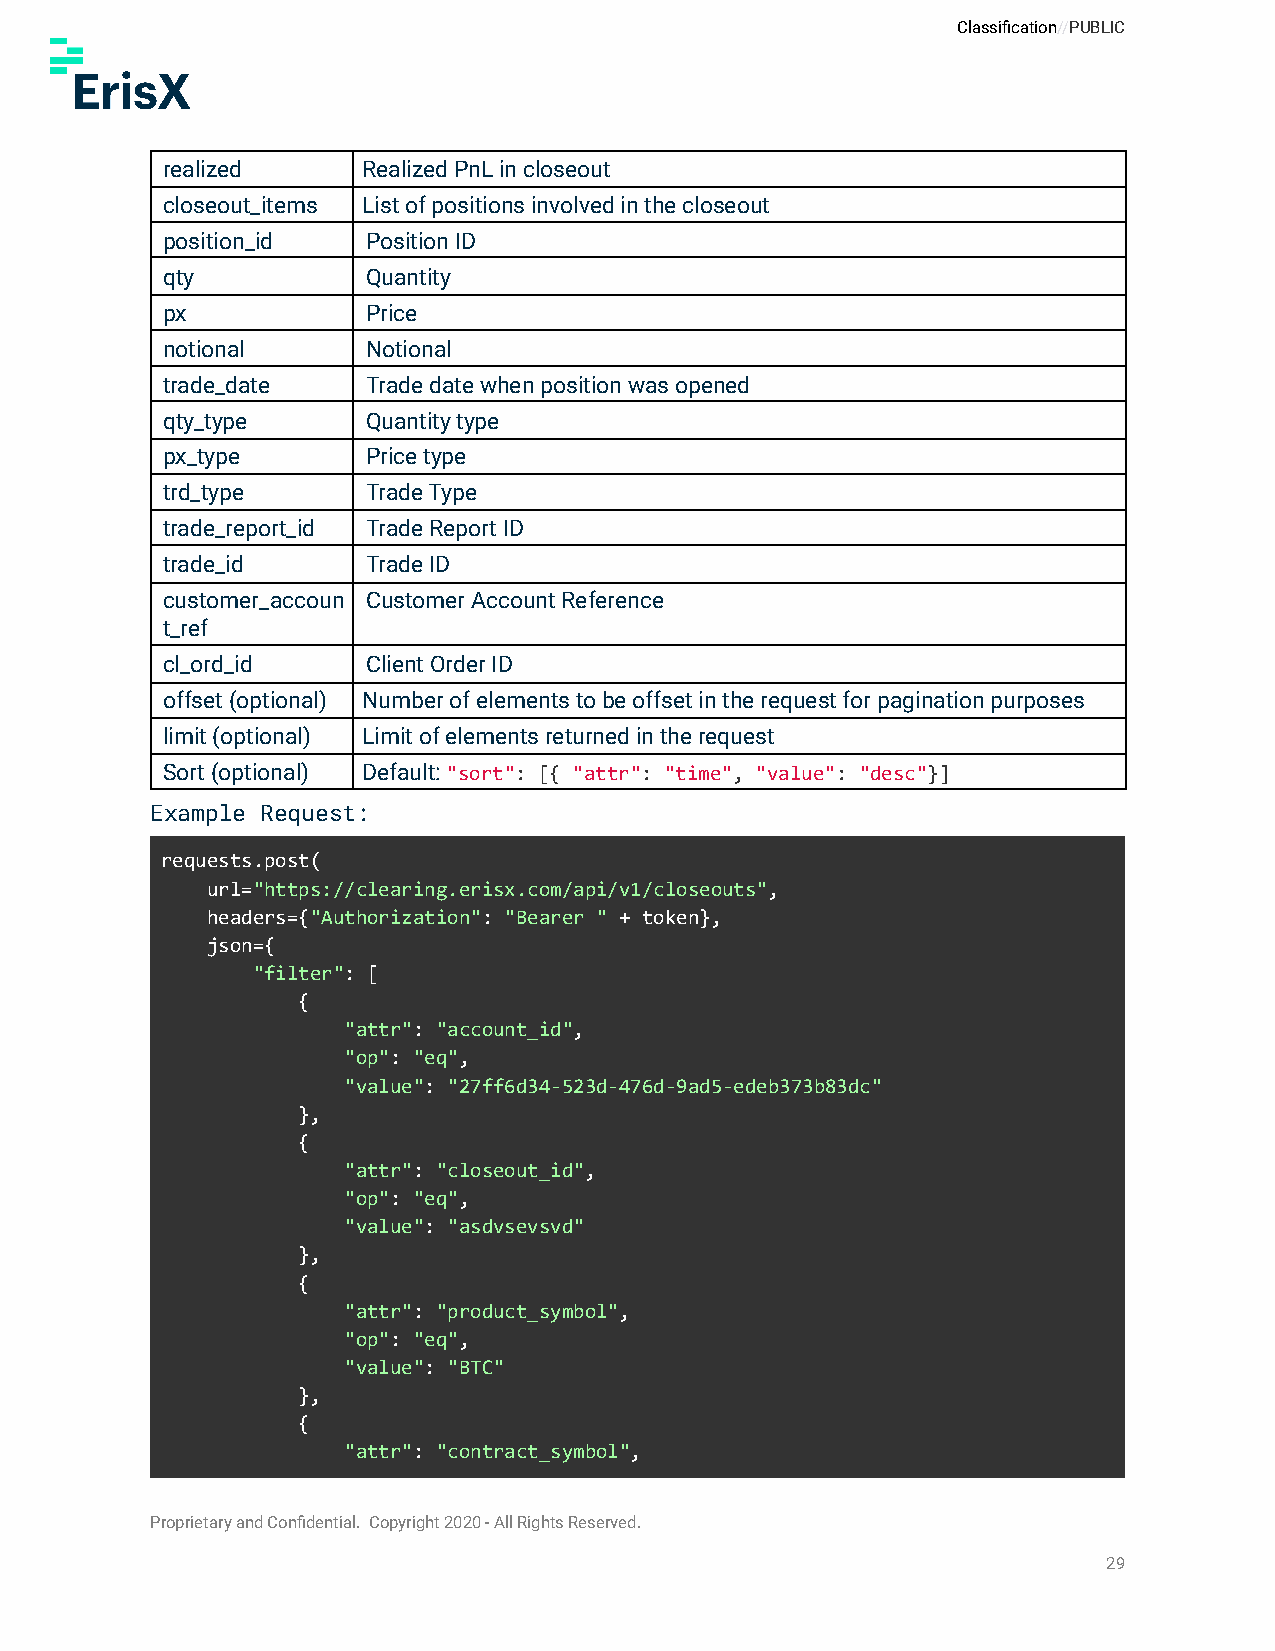
Classification//PUBLIC
 realized     Realized PnL in closeout
 closeout_items List of positions involved in the closeout
 position_id  Position ID
 qty          Quantity
 px           Price
 notional     Notional
 trade_date   Trade date when position was opened
 qty_type     Quantity type
 px_type      Price type
 trd_type     Trade Type
 trade_report_id Trade Report ID
 trade_id     Trade ID
 customer_accoun Customer Account Reference
 t_ref
 cl_ord_id    Client Order ID
 offset (optional) Number of elements to be offset in the request for pagination purposes
 limit (optional) Limit of elements returned in the request
 Sort (optional) Default:"sort": [{ "attr": "time", "value": "desc"}]
 Example Request:
 requests.post(
 url="https://clearing.erisx.com/api/v1/closeouts",
 headers={"Authorization": "Bearer " + token},
 json={
 "filter": [
 {
 "attr": "account_id",
 "op": "eq",
 "value": "27ff6d34-523d-476d-9ad5-edeb373b83dc"
 },
 {
 "attr": "closeout_id",
 "op": "eq",
 "value": "asdvsevsvd"
 },
 {
 "attr": "product_symbol",
 "op": "eq",
 "value": "BTC"
 },
 {
 "attr": "contract_symbol",
 Proprietary and Confidential. Copyright 2020 - All Rights Reserved.
 29